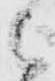
候